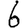
Digit: 6